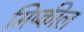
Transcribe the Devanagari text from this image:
मिष्कील